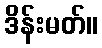
ဒိန်းမတ်။